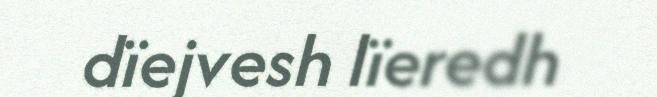
dïejvesh lïeredh